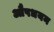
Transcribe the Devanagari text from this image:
औषधयन